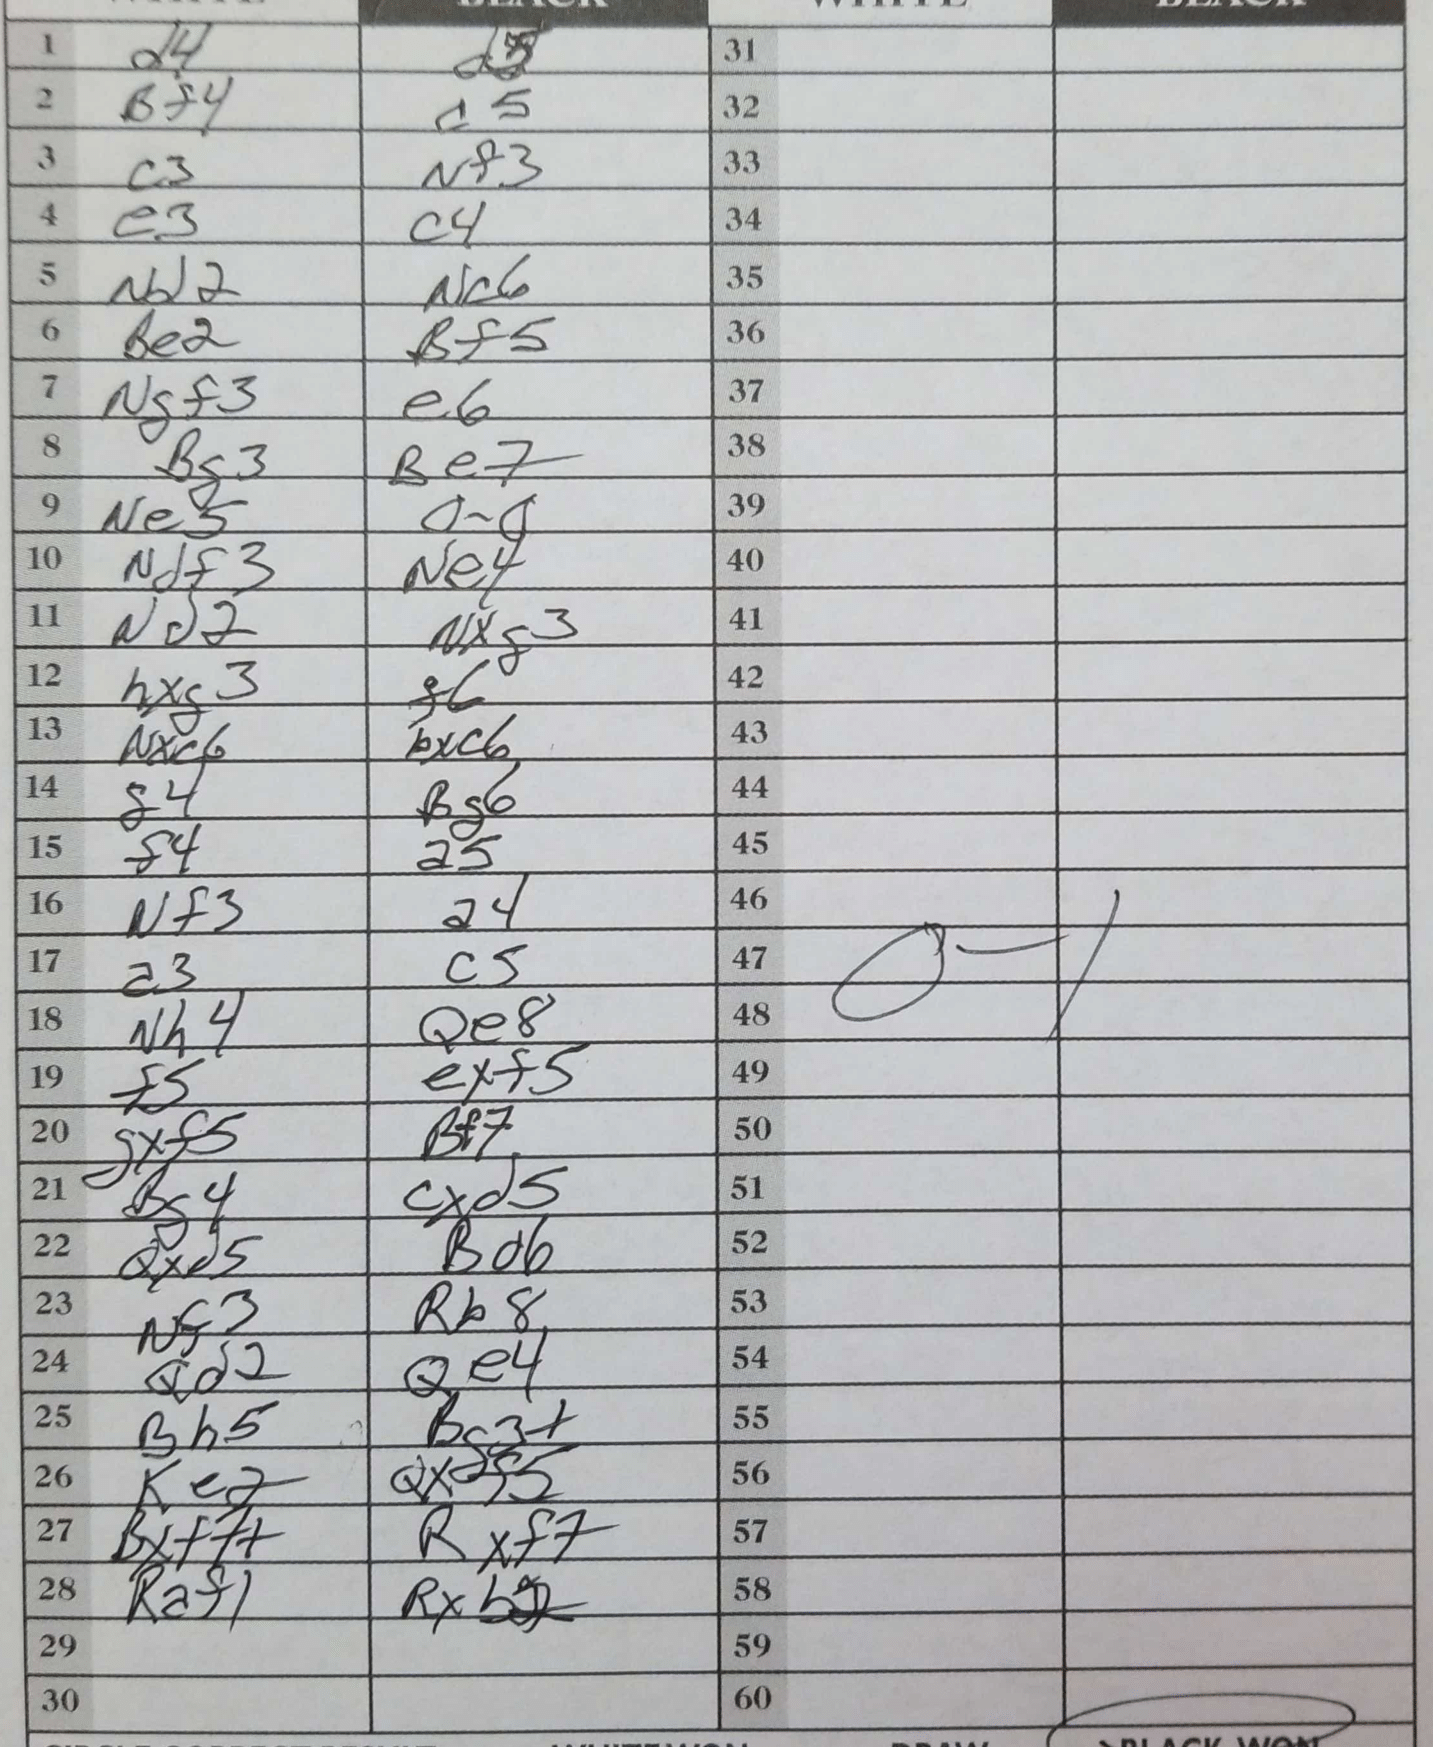
Moves: d4 d5 Bf4 c5 c3 Nf3 e3 c4 Nd2 Nc6 Be2 Bf5 Ngf3 e6 Bg3 Be7 Ne5 O-O Ndf3 Ne4 Nd2 Nxg3 hxg3 f6 Nxc6 bxc6 g4 Bg6 f4 a5 Nf3 a4 a3 c5 Nh4 Qe8 f5 exf5 gxf5 Bf7 Bg4 cxd5 Qxd5 Bd6 Nf3 Rb8 Qd2 Qe4 Bh5 Bg3+ Ke2 Qxdf5 Bxf7+ Rxf7 Raf1 Rxb2